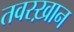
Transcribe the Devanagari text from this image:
तवस्ख़ान